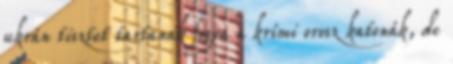
ukrán tisztet tartanak fogva a krími orosz katonák, de